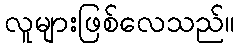
လူများဖြစ်လေသည်။